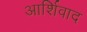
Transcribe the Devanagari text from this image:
आर्शिवाद